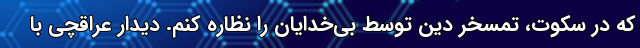
که در سکوت، تمسخر دین توسط بی‌خدایان را نظاره کنم. دیدار عراقچی با